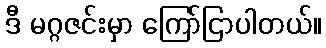
ဒီ မဂ္ဂဇင်းမှာ ကြော်ငြာပါတယ်။